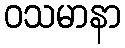
ဝသမာနာ